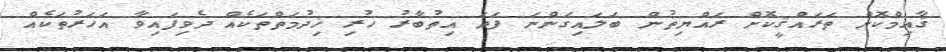
ޤާއިމްކޮށް ތަރައްޤީކޮށް ރައްޔިތުން ބަލައިގަންނަ ފަދަ އިތުބާރު ހުރި ޚިދުމަތްތަކެއް ދެވިފައިވާ އަހަރުތަކެއް